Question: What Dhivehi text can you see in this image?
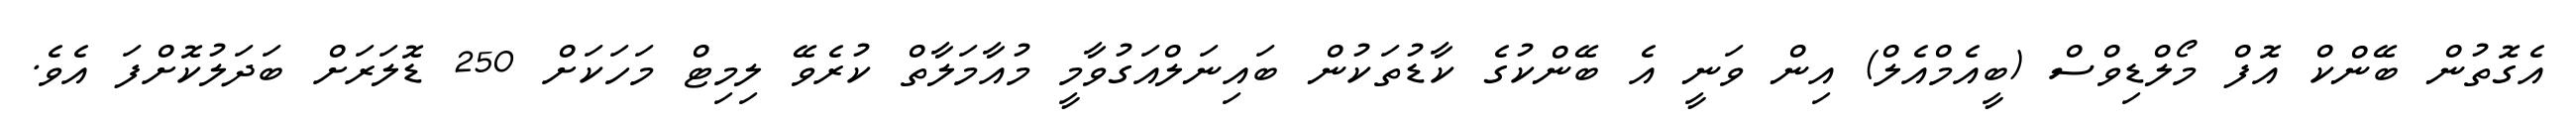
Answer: އެގޮތުން ބޭންކް އޮފް މޯލްޑިވްސް (ބީއެމްއެލް) އިން ވަނީ އެ ބޭންކުގެ ކާޑުތަކުން ބައިނަލްއަގުވާމީ މުއާމަލާތް ކުރެވޭ ލިމިޓް މަހަކަށް 250 ޑޮލަރަށް ބަދަލުކޮށްފަ އެވެ.